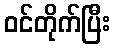
ဝင်တိုက်ပြီး